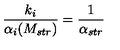
\frac { k _ { i } } { \alpha _ { i } ( M _ { s t r } ) } = { \frac { 1 } { \alpha _ { s t r } } }